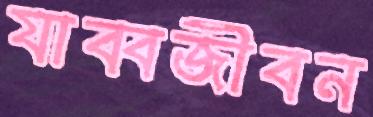
যাব্বজীবন